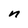
Character: n